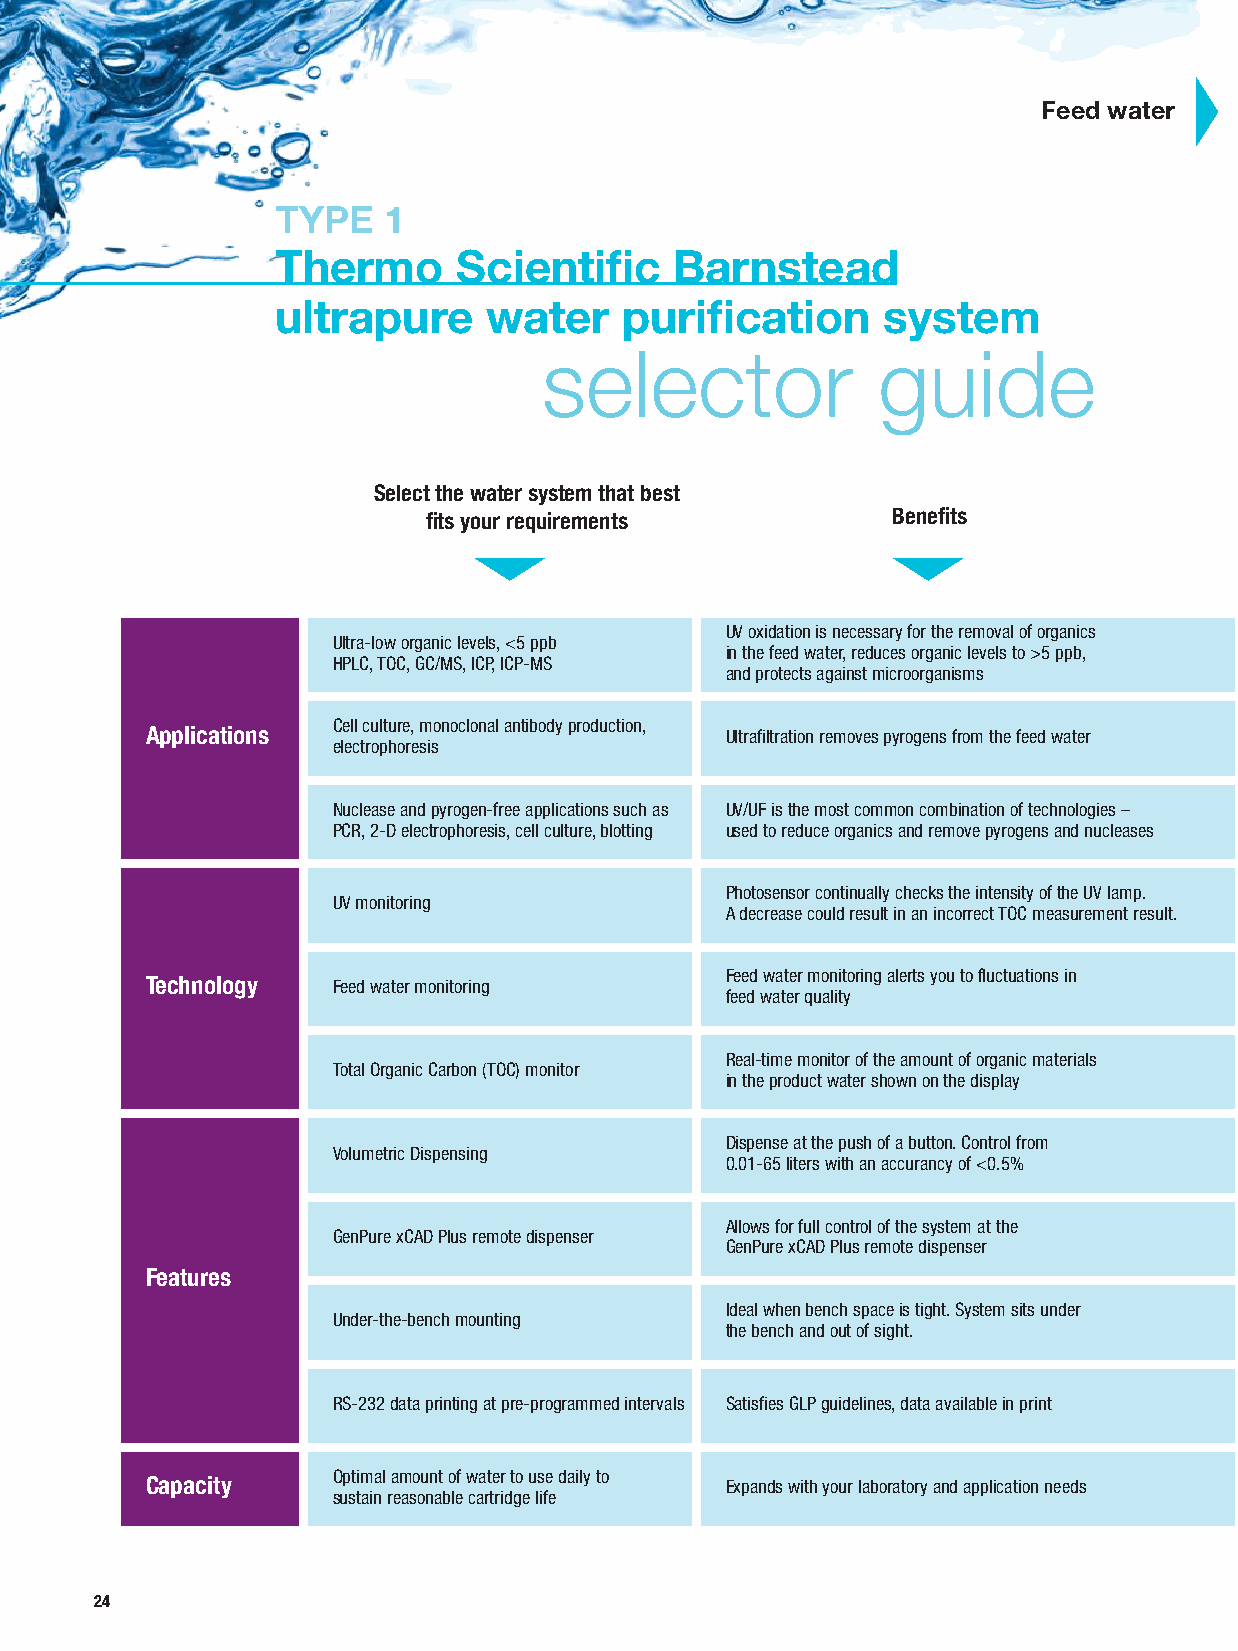
Feed water
 TYPE   1
 Thermo      Scientific     Barnstead
 ultrapure     water    purification     system
 selector              guide
 Select the water system that best
 fits your requirements         Benefits
 UV oxidation is necessary for the removal of organics
 Ultra-low organic levels, <5 ppb
 in the feed water, reduces organic levels to >5 ppb,
 HPLC, TOC, GC/MS, ICP, ICP-MS
 and protects against microorganisms
 Cell culture, monoclonal antibody production,
 Applications                          Ultrafiltration removes pyrogens from the feed water
 electrophoresis
 Nuclease and pyrogen-free applications such as UV/UF is the most common combination of technologies –
 PCR, 2-D electrophoresis, cell culture, blotting used to reduce organics and remove pyrogens and nucleases
 Photosensor continually checks the intensity of the UV lamp.
 UV monitoring
 A decrease could result in an incorrect TOC measurement result.
 Feed water monitoring alerts you to fluctuations in
 Technology  Feed watermonitoring
 feed water quality
 Real-time monitor of the amount of organic materials
 Total Organic Carbon (TOC) monitor
 in the product water shown on the display
 Dispense at the push of a button. Control from
 Volumetric Dispensing
 0.01-65 liters with an accurancy of <0.5%
 Allows for full control of the system at the
 GenPure xCAD Plus remote dispenser
 GenPure xCAD Plus remote dispenser
 Features
 Ideal when bench space is tight. System sits under
 Under-the-bench mounting
 the bench and out of sight.
 RS-232 data printing at pre-programmed intervals Satisfies GLP guidelines, data available in print
 Optimal amount of water to use daily to
 Capacity                              Expands with your laboratory and application needs
 sustain reasonable cartridge life
 24